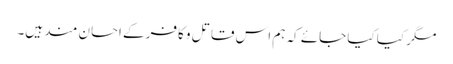
مگر کیا کیا جائے کہ ہم اس قاتل و کافر کے احسان مند ہیں۔